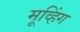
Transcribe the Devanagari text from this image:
मूव्हिंग